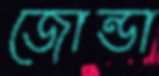
জোন্ডা